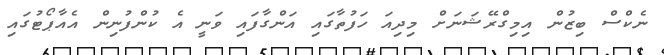
ނެކްސް ބިޒުން އިމިގްރޭޝަނަށް މިދިއަ ހަފުތާގައި އަންގާފައި ވަނީ އެ ކުންފުނިން އެއާޕޯޓުގައި